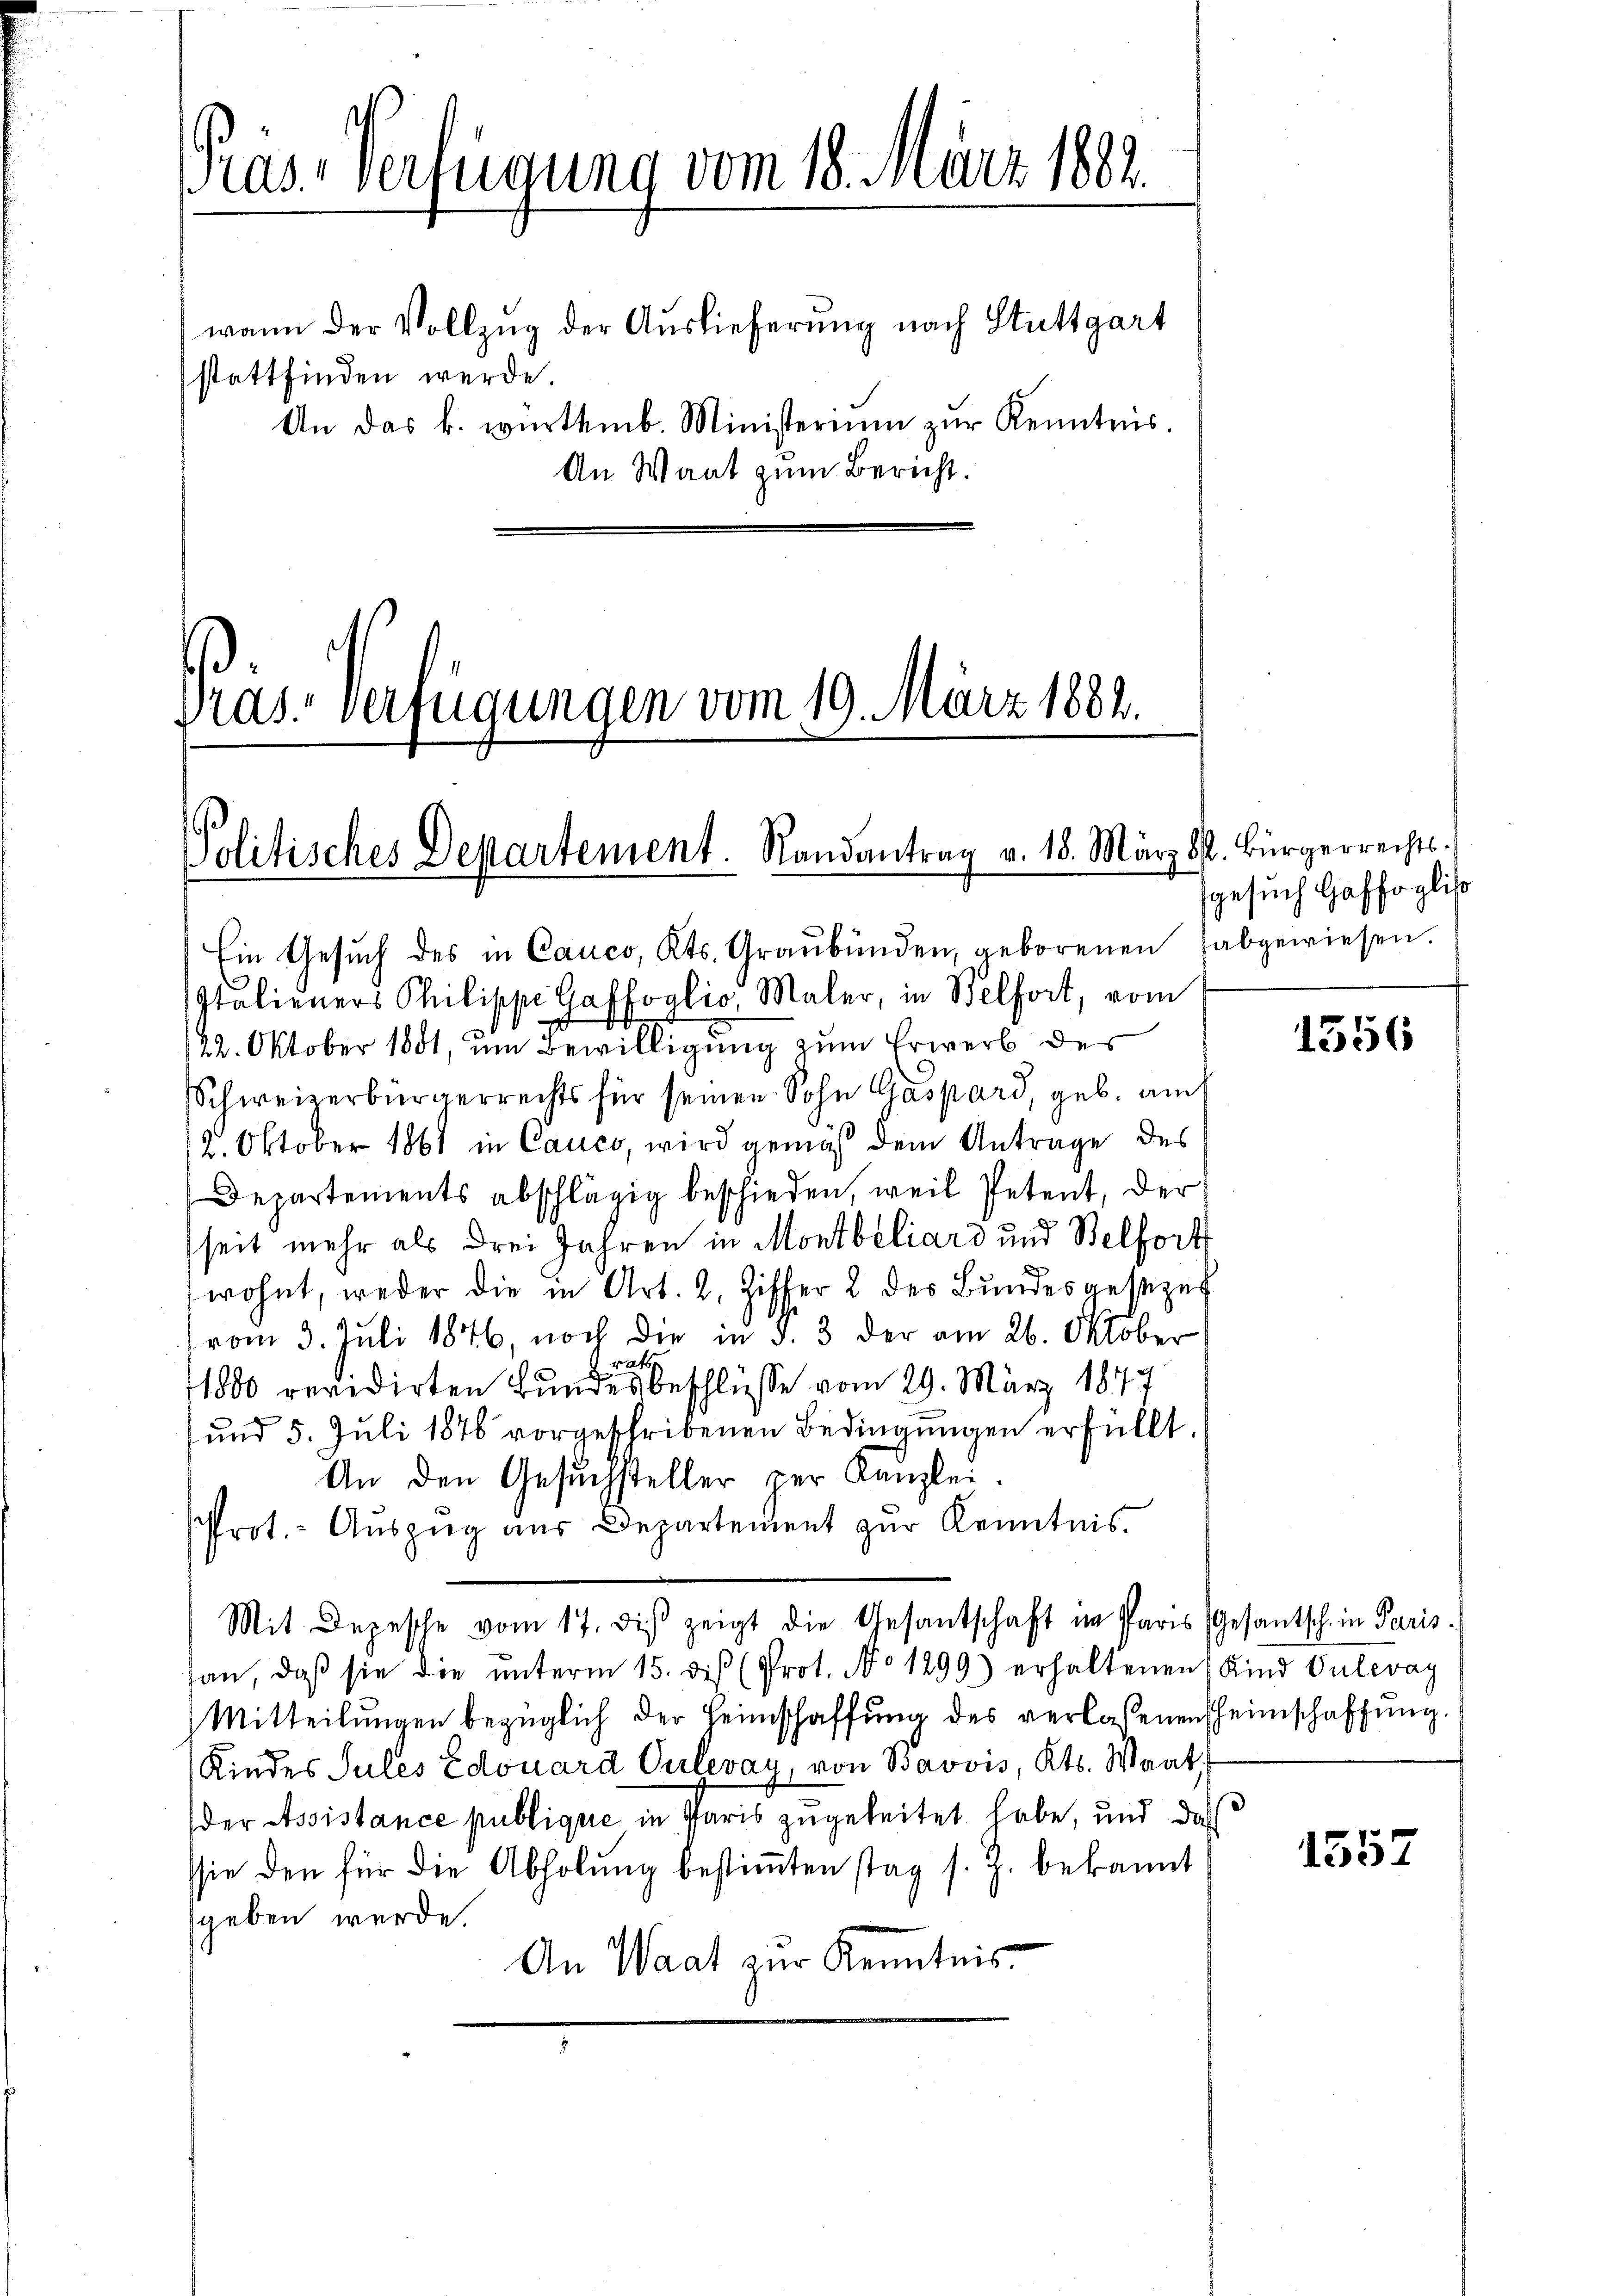
Pras Verfügung vom 18. März 1882.
wann der Vollzug der Auslieferung nach Stuttgart
stattfinden werde.
An das k. würtemb. Ministerium zur Kenntnis.
An Waat zum Bericht.

Italieners Philippe Gaffoglio, Maler, in Belfort, vom
22. Oktober 1881, um Bewilligung zum Erwerb des
Schweizerbürgerrechts für seinen Sohn Gaspard, geb. auch
2. Oktober 1861 in Cauco, wird gemäß dem Antrage des
Departements abschlägig beschieden, weil Petent, der
(seit mehr als drei Jahren in Montbeliard und Belfort
wohnt, weder die in Art. 2. Ziffer 2 des Bundesauszer
vom 3. Juli 1846, noch die in §. 3 der am 26. Oktober
rator
1800 revidirten Bundesbeschlüsse vom 29. März 1847
und 5. Juli 1876 vorgeschribenen Bedingungen erfüllt.
An den Gesuchsteller per Kanzlei.
Prot. - Auszug aus Departement zur Kenntnis.
Mit Depesche vom 17. diβ zeigt die Gesantschaft in Paris Gesantsch in Paris.
an, daβ sie die ŭnterm 15. dis (Prot. No 1299) erhaltenen Kind Vulevay
Mitteilungen bezüglich der Heimschaffung des verlassenen Heimschaffung
Kindes Sules Edouard Culevay, von Bavvis, Kts. Waat
der Assistance publique in Paris zugeleitet habe, und das
sie den für die Abholŭng bestiṁten stag s. Z. bekannt
sgeben wurde.
An Waat zur Kenntnis

Ein Gesŭch des in Canco, Kts. Graubünden, geborenen abgewiesen.

Pras. Verfügungen vom 19. März 1882.

Politisches Departement. Randantrag v. 18. März d. Bürgerrechts.

gesuch Gaffoglist

1556

1557